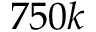
7 5 0 k